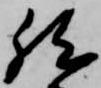
然